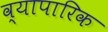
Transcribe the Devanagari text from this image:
व्‍यापारिक